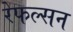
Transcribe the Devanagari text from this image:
रेफल्सन